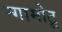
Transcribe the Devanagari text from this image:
न्गामोटू